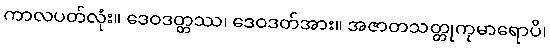
ကာလပတ်လုံး။ ဒေဝဒတ္တဿ၊ ဒေဝဒတ်အား။ အဇာတသတ္တုကုမာရောပိ၊